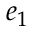
e _ { 1 }